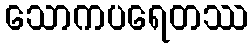
သောကပရေတဿ